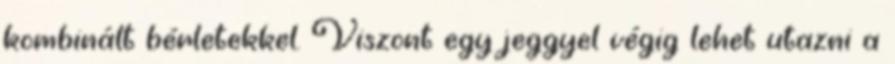
kombinált bérletekkel. Viszont egy jeggyel végig lehet utazni a